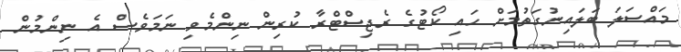
މައްސަލަ ބަލައިނުގަތުމަށް ހައި ކޯޓުގެ ރެޖިސްޓްރާ ކުރިން ނިންމެވި ނަމަވެސް އެ ނިންމުން